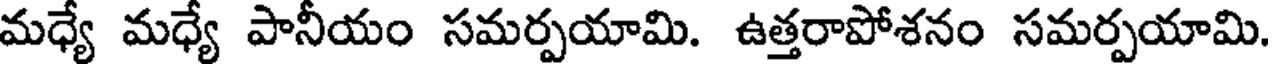
మధ్యే మధ్యే పానీయం సమర్పయామి. ఉత్తరాపోశనం సమర్పయామి.